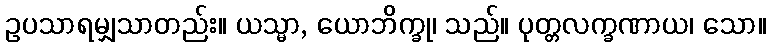
ဥပသာရမျှသာတည်း။ ယသ္မာ, ယောဘိက္ခု၊ သည်။ ပုတ္တလက္ခဏာယ၊ သော။